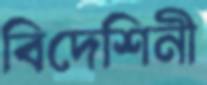
বিদেশিনী